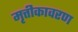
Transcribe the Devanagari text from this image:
मृत्तीकावरण